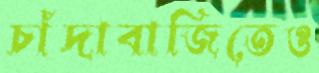
চাঁদাবাজিতেও